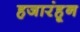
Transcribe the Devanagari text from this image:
हजारंहून